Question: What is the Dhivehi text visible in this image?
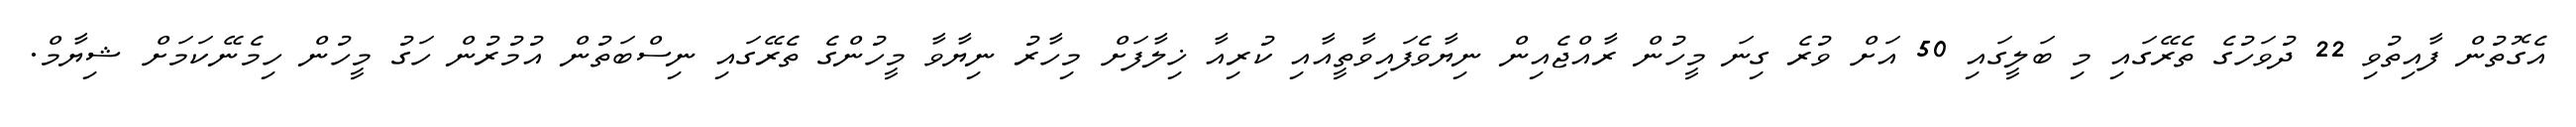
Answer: އެގޮތުން ފާއިތުވި 22 ދުވަހުގެ ތެރޭގައި މި ބަލީގައި 50 އަށް ވުރެ ގިނަ މީހުން ރާއްޖެއިން ނިޔާވެފައިވާތީއާއި ކުރިއާ ޚިލާފަށް މިހާރު ނިޔާވާ މީހުންގެ ތެރޭގައި ނިސްބަތުން އުމުރުން ހަގު މީހުން ހިމެނޭކަމަށް ޝިޔާމް.